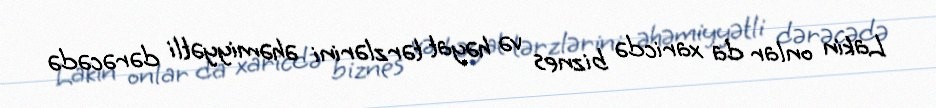
Lakin onlar da xaricdə biznes və həyat tərzlərini əhəmiyyətli dərəcədə